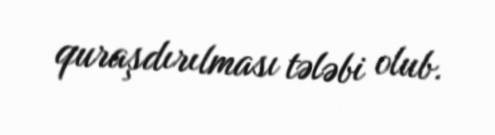
quraşdırılması tələbi olub.